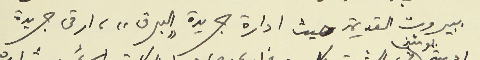
ببيروت القديمة حيث ادارة جريدة "البرق" ارقى جريدة